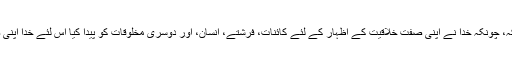
اس طرح کا سوال پوچھنا ایسا ہی ہے جسیے کوئی یہ کہے کہ، چونکہ خدا نے اپنی صفت خلاقیت کے اظہار کے لئے کائنات، فرشتے، انسان، اور دوسری مخلوقات کو پیدا کیا اس لئے خدا اپنی صفت خلاقیت کے اظہار کے لئے اپنی مخلوق کا محتاج ہے۔